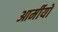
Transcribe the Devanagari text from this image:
आर्मीयों